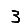
Digit: 3